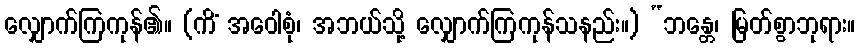
လျှောက်ကြကုန်၏။ (ကိံ အဝေါစုံ၊ အဘယ်သို့ လျှောက်ကြကုန်သနည်း။) “ဘန္တေ၊ မြတ်စွာဘုရား။